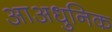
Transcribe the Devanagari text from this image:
आअधुनिक